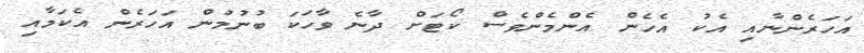
އަހަރެންނާއި އެކު އެހެން އެންމެންވެސް ކޯޓަށް ދާނެ ވާހަކަ ބުނުމުން އަހަރެން އެކަމާއި